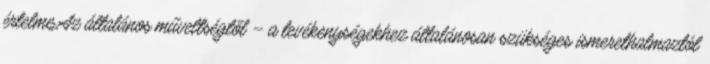
értelme.Az általános műveltségtől – a tevékenységekhez általánosan szükséges ismerethalmaztól